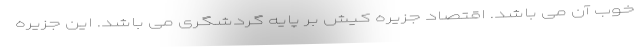
خوب آن می باشد. اقتصاد جزیره کیش بر پایه گردشگری می باشد. این جزیره